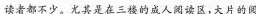
读者都不少，\underline{尤其是在三楼的成人阅读区，大片的阅}